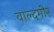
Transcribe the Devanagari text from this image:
वाल्दमीर